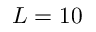
L = 1 0